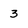
Character: 3